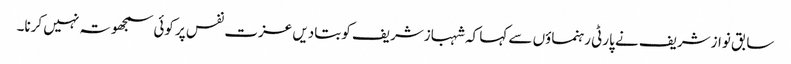
سابق نوازشریف نے پارٹی رہنماؤں سے کہا کہ شہبازشریف کو بتادیں عزت نفس پر کوئی سمجھوتہ نہیں کرنا۔